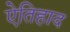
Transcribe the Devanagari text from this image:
ऐतिहाद